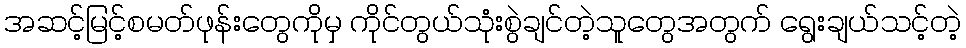
အဆင့်မြင့်စမတ်ဖုန်းတွေကိုမှ ကိုင်တွယ်သုံးစွဲချင်တဲ့သူတွေအတွက် ရွေးချယ်သင့်တဲ့